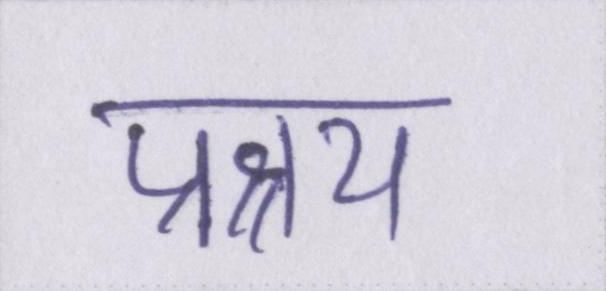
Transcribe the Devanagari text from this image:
प्रश्रय